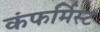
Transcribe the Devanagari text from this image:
कंफर्मिस्ट